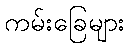
ကမ်းခြေများ